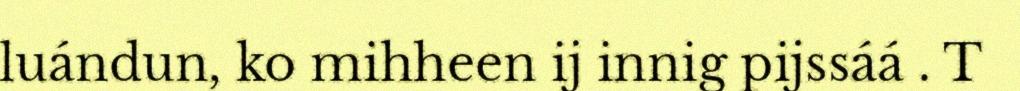
luándun, ko mihheen ij innig pijssáá . T